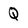
Character: Q